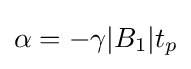
\alpha =-\gamma |B_{1}|t_{p}